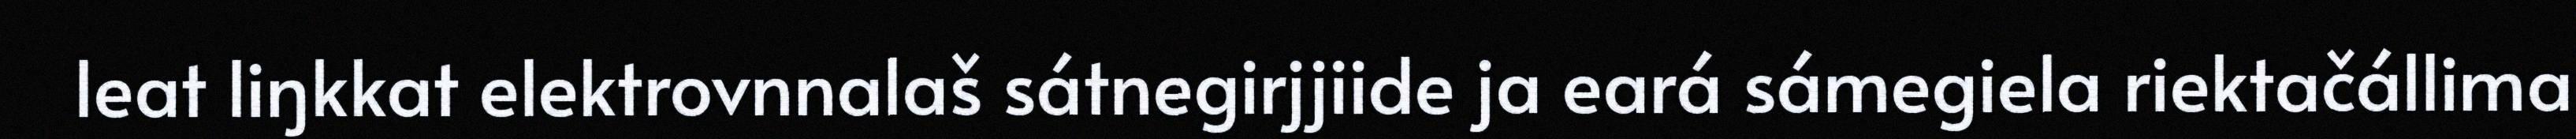
leat liŋkkat elektrovnnalaš sátnegirjjiide ja eará sámegiela riektačállima